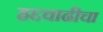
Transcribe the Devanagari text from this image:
हद्दवाढीचा